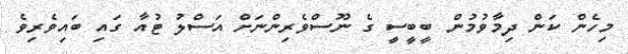
މިހެން ކަން ދިމާވުމުން ބީބީސީ ގެ ނޫސްވެރިންނަށް އަސްލު ޓުއާ ގައި ބައިވެރިވެ